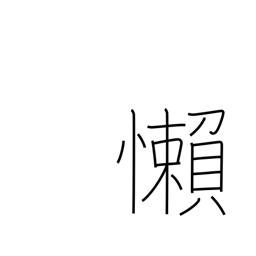
Meaning: be negligent